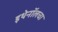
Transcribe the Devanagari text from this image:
इथेनॉलचा